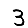
Digit: 3